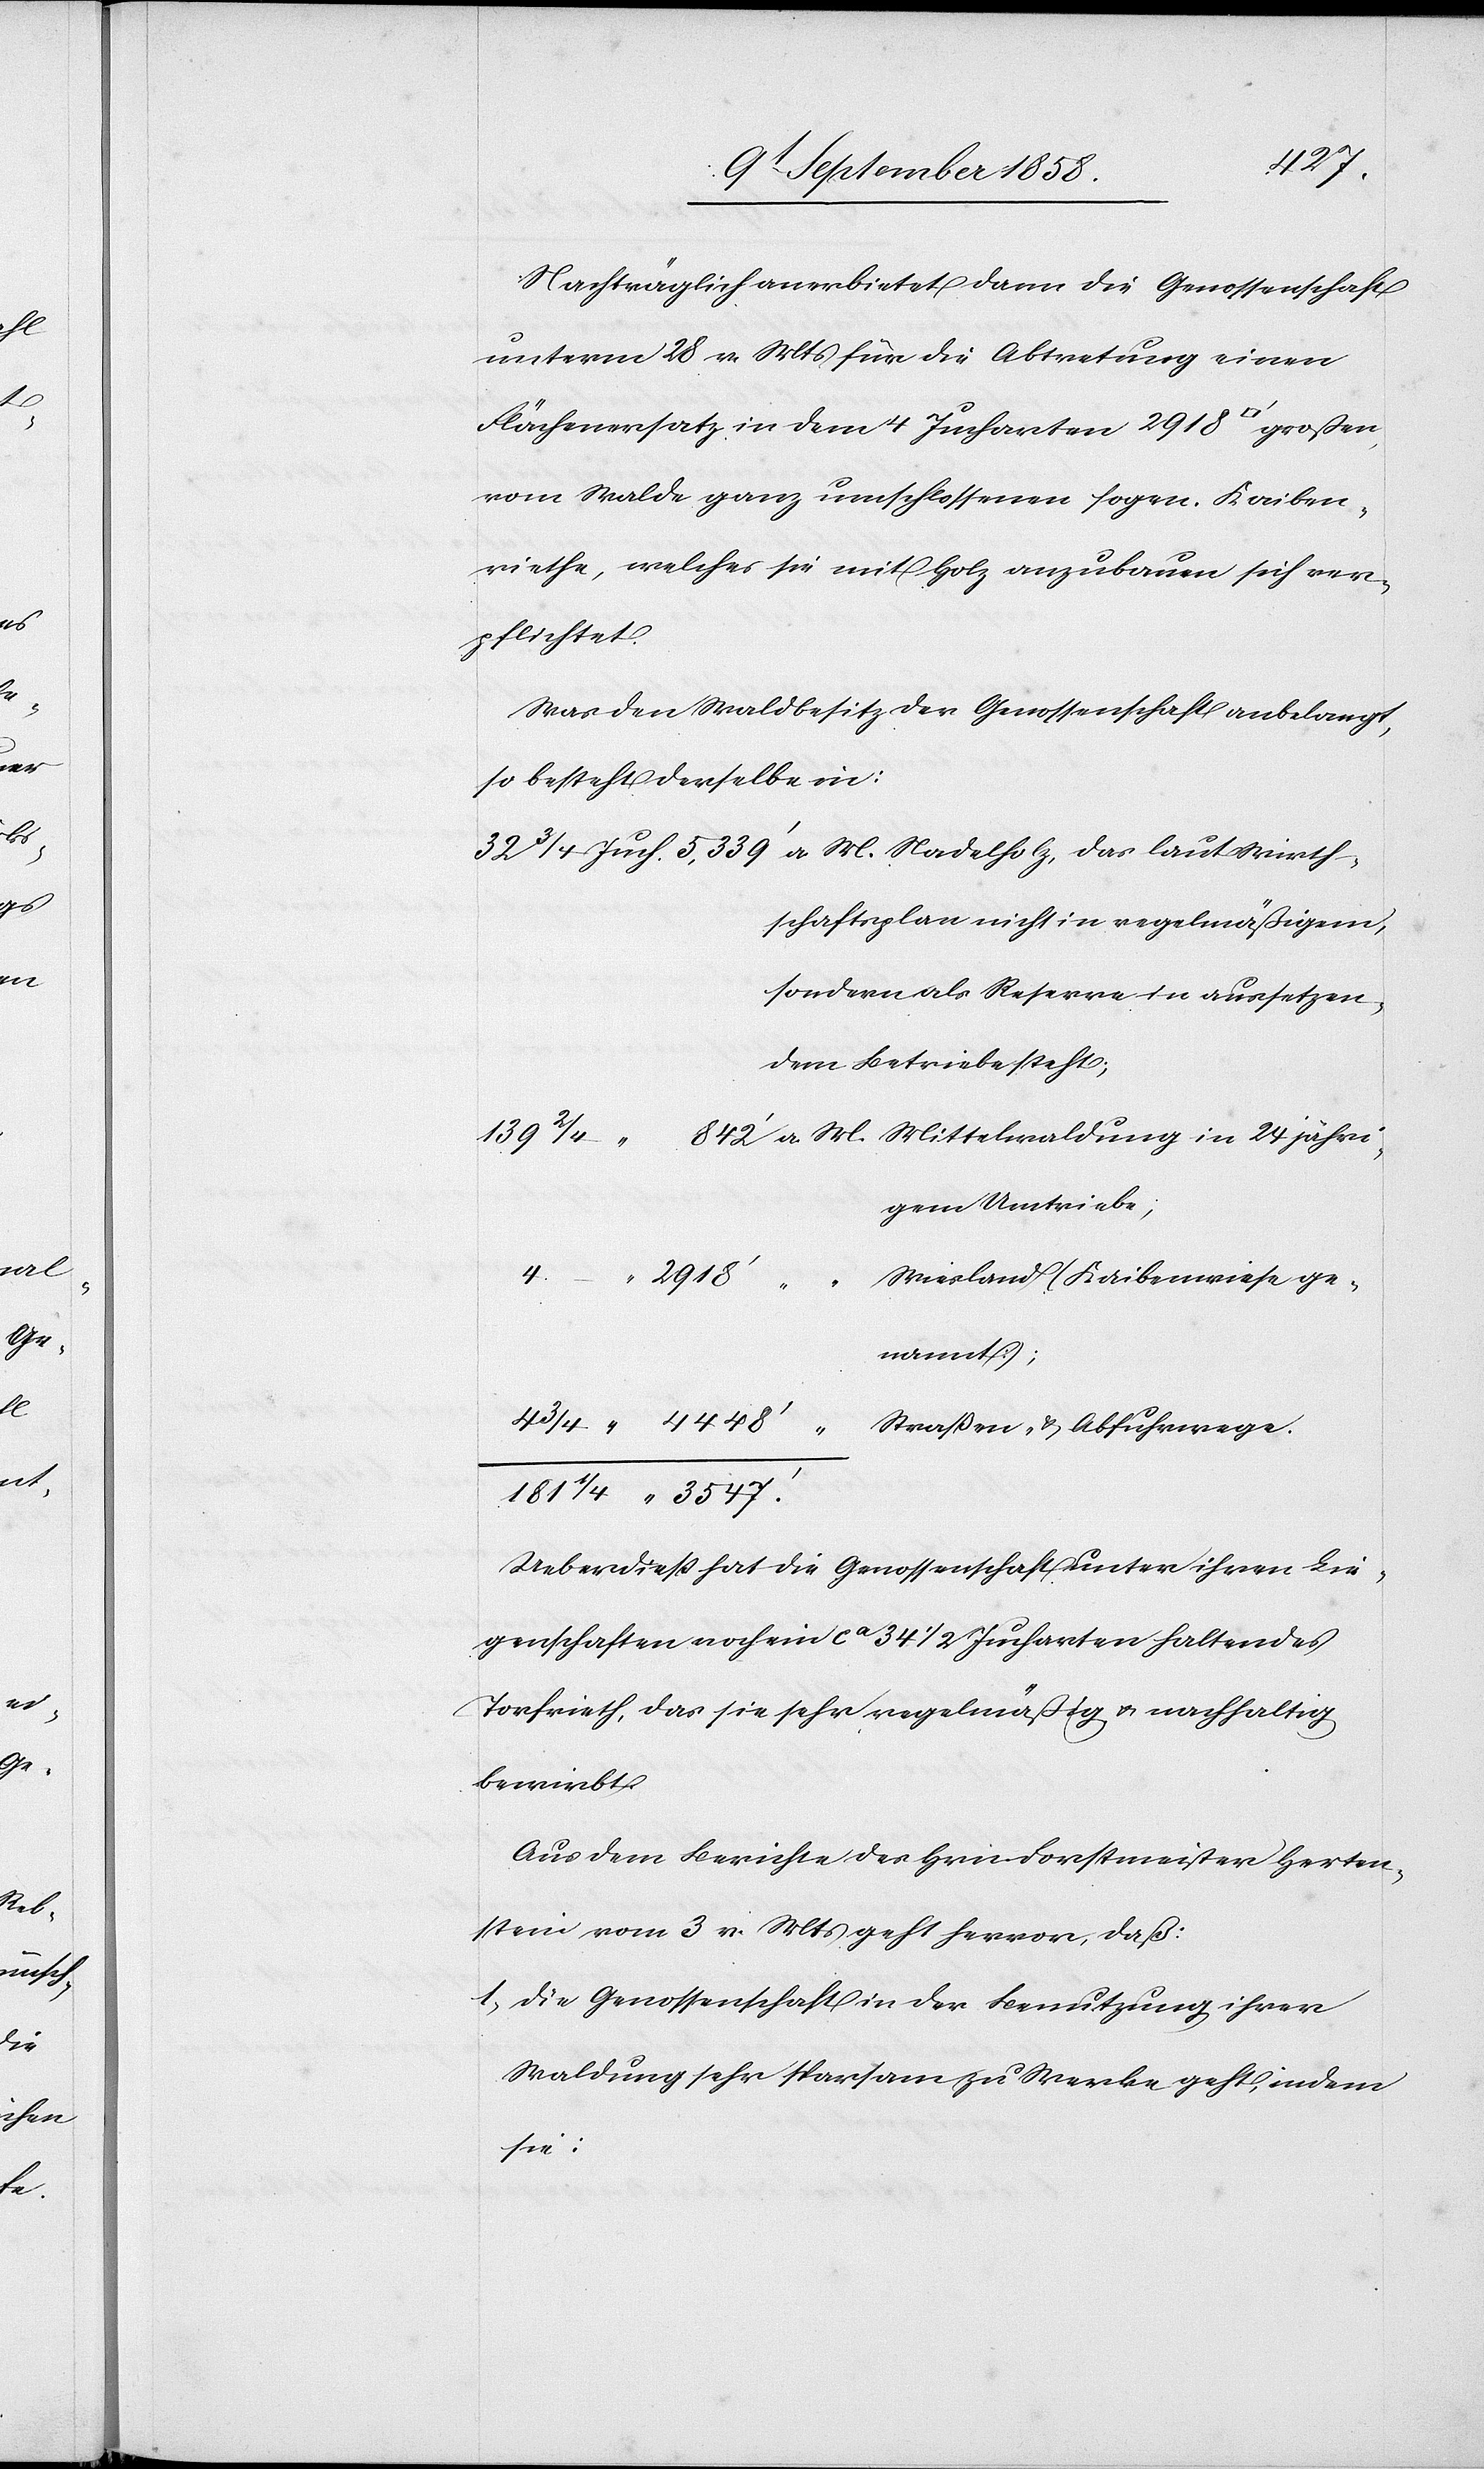
24

4
“

3547‘
Nachträglich anerbietet dann die Genossenschaft
32
unterm 28 v. Mts für die Abtretung einen
Flächenersatz in dem 4 Jucharten 2918 [Quadra¬
vom Walde ganz umschlossenen sogen. Kaiben¬
riethe, welches sie mit Holz anzubauen sich ver¬
pflichtet.
Was den Waldbesitz der Genossenschaft anbelangt,
so besteht derselbe in:
schaftsplan nicht in regelmäßigem,
sondern als Reserve in aussetzen¬
dem Betriebe steht;
139
gem Umtriebe;
Wiesland (Kaibenwiese ge¬
nannt);
Ueberdieß hat die Genossenschaft unter ihren Lie¬
genschaften noch ein ca 34 1/2 Jucharten haltendes
Torfrieth, das sie sehr regelmäßig & nachhaltig
bewirbt.
Aus dem Berichte des Hrn. Forstmeister Herten¬
stein vom 3 v. Mts geht hervor, daß:
1. die Genossenschaft in der Benutzung ihrer
Waldung sehr sparsam zu Werke geht, indem
sie: